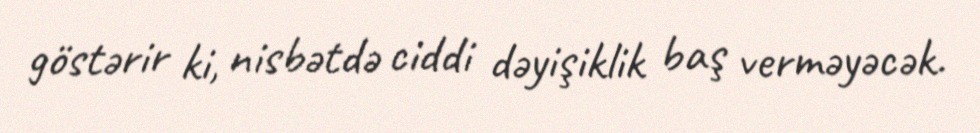
göstərir ki, nisbətdə ciddi dəyişiklik baş verməyəcək.